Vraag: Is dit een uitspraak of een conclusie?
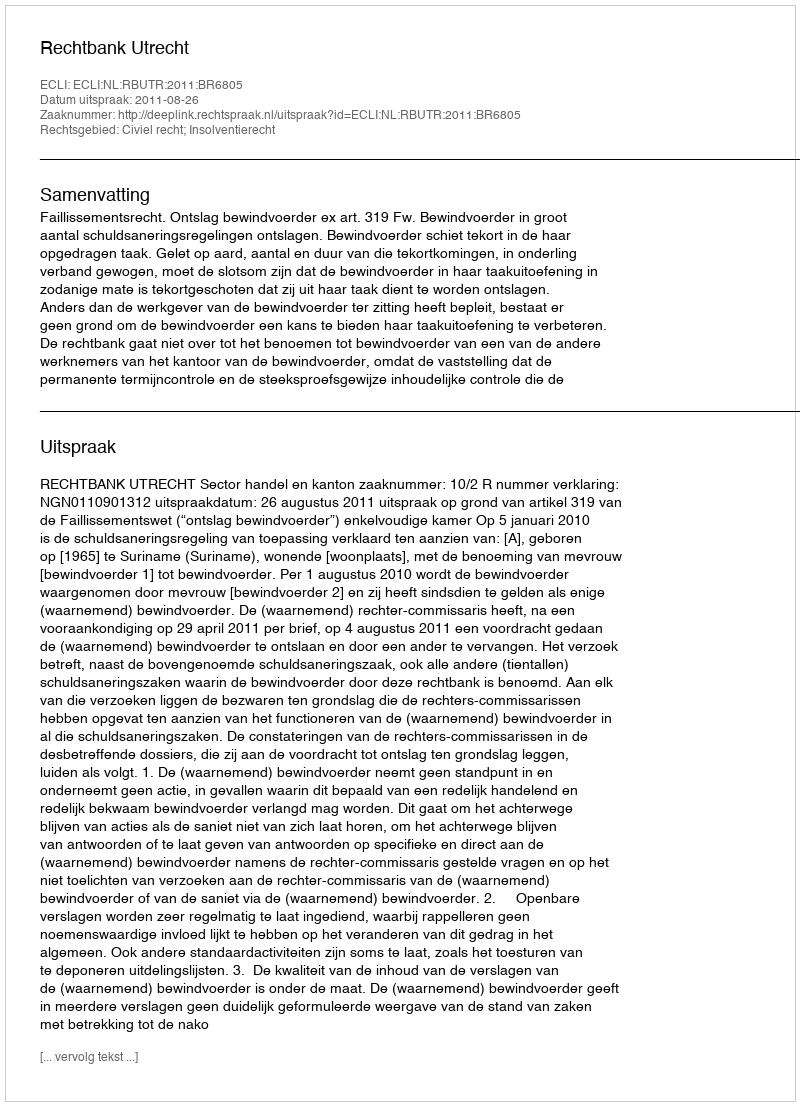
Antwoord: Uitspraak